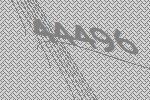
44496